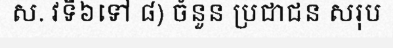
ស. វទី៦ទៅ ៨) ចំនួន ប្រជាជន សរុប